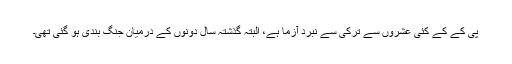
پی کے کے کئی عشروں سے ترکی سے نبرد آزما ہے، البتہ گذشتہ سال دونوں کے درمیان جنگ بندی ہو گئی تھی۔